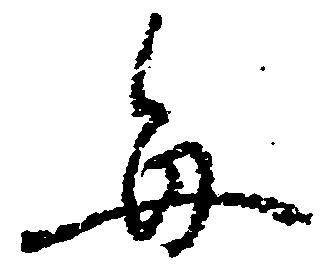
毎